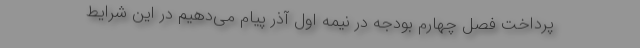
پرداخت فصل چهارم بودجه در نیمه اول آذر پیام می‌دهیم در این شرایط